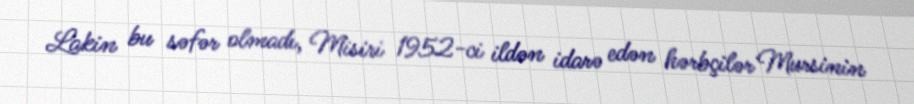
Lakin bu səfər olmadı, Misiri 1952-ci ildən idarə edən hərbçilər Mursinin